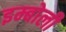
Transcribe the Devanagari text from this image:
इम्बोली